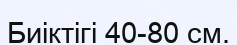
Биіктігі 40-80 см.